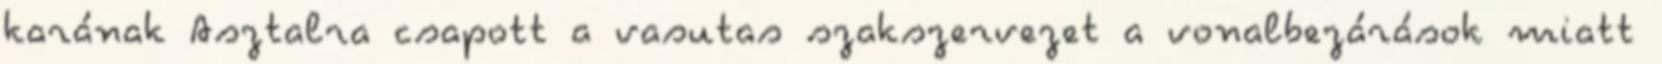
karának Asztalra csapott a vasutas szakszervezet a vonalbezárások miatt